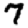
Digit: 7